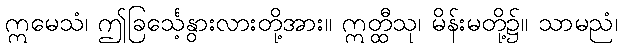
ဣမေသံ၊ ဤခြင်္သေ့နွားလားတို့အား။ ဣတ္ထီသု၊ မိန်းမတို့၌။ သာမညံ၊